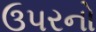
ઉપરનો